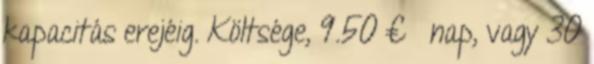
kapacitás erejéig. Költsége, 9.50 € nap, vagy 30